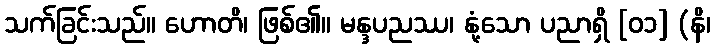
သက်ခြင်းသည်။ ဟောတိ၊ ဖြစ်၏။ မန္ဒပညဿ၊ နုံ့သော ပညာရှိ [၀၁] (နိ၊